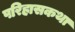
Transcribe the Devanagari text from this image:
परिहासकथा